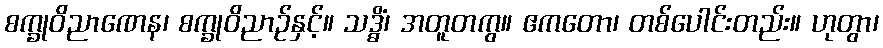
စက္ခုဝိညာဏေန၊ စက္ခုဝိညာဉ်နှင့်။ သဒ္ဓိံ၊ အတူတကွ။ ဧကတော၊ တစ်ပေါင်းတည်း။ ဟုတွာ၊